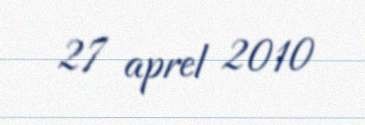
27 aprel 2010